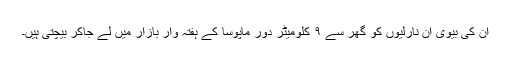
ان کی بیوی ان نارلیوں کو گھر سے ۹ کلومیٹر دور ماپوسا کے ہفتہ وار بازار میں لے جاکر بیچتی ہیں۔